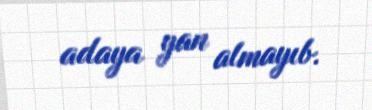
adaya yan almayıb.